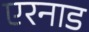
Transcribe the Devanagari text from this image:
एरनाड